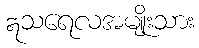
ဣသရေလအမျိုးသား